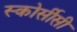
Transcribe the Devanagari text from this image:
स्कोर्सीसी